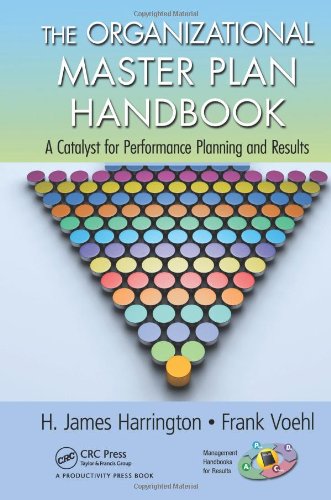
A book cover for The Organizational Master Plan Handbook: A Catalyst for Performance Planning and Results; H. James Harrington; Business & Money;